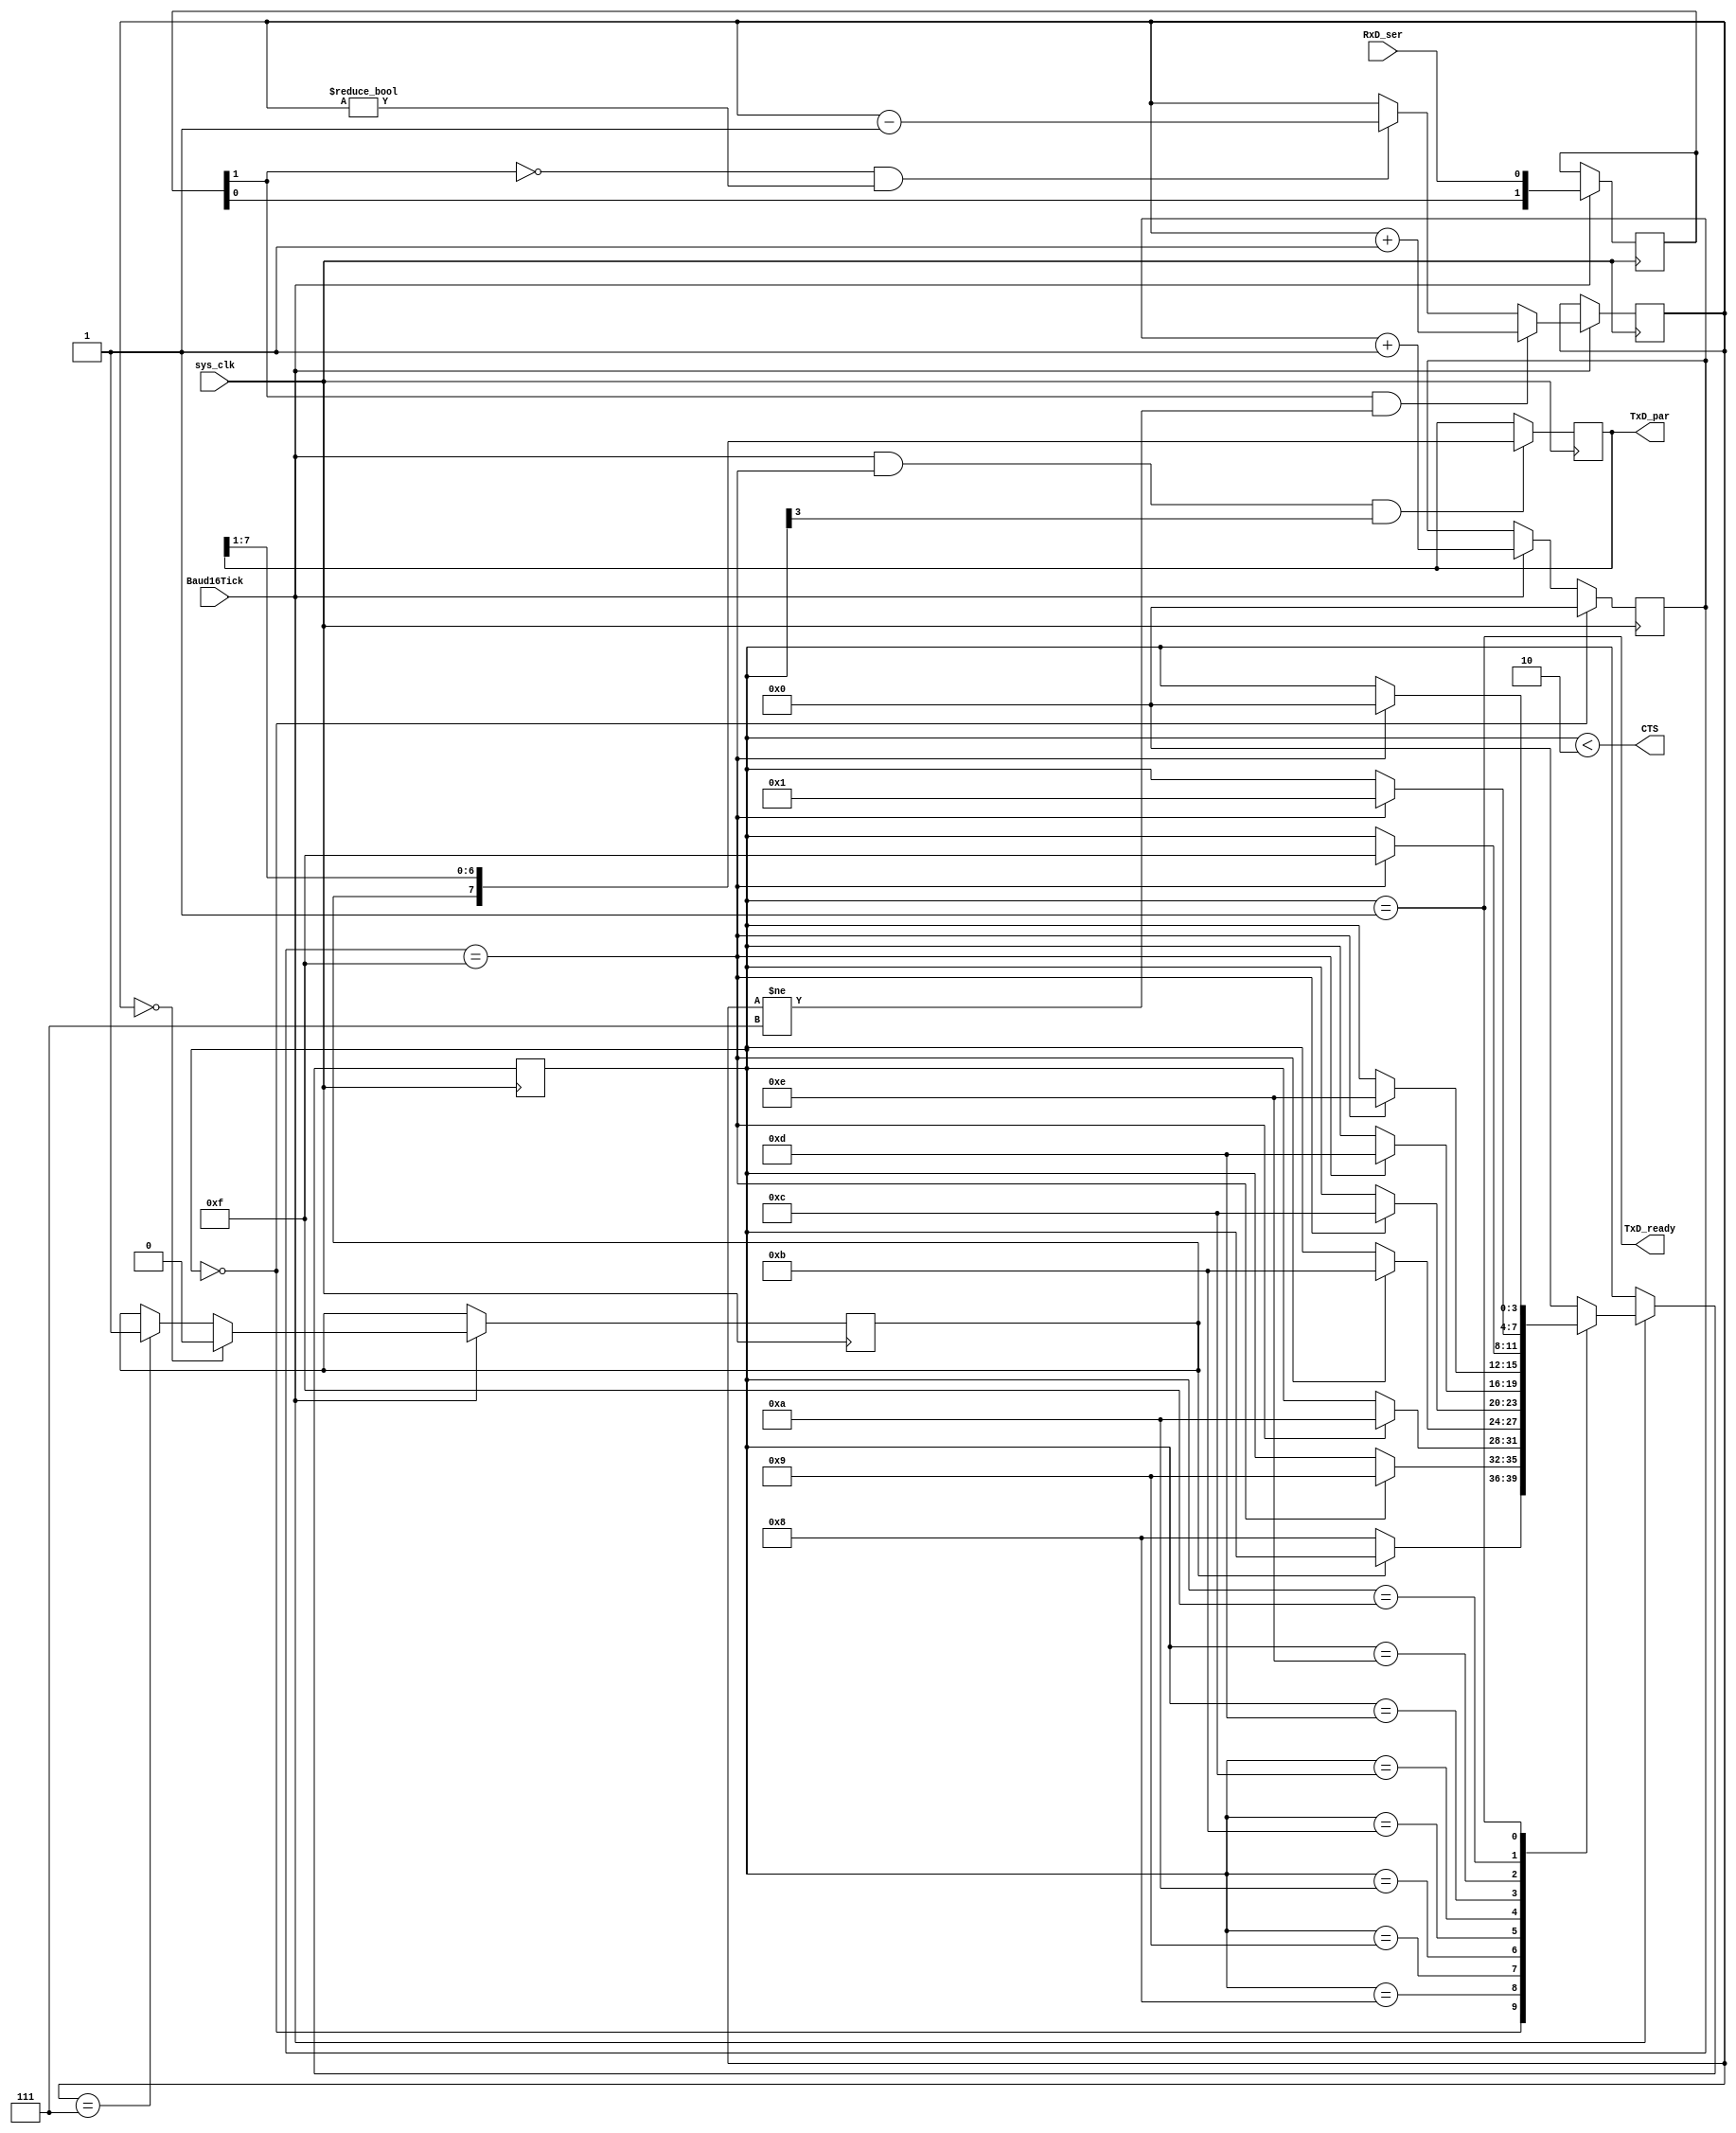
module UART_RX(
    input RxD_ser,
	 output CTS, // I am clear to receive (active high)
	 input sys_clk,
	 input Baud16Tick, // Oversampling by 16
    output reg [7:0] TxD_par, //8 bit data
    output TxD_ready
    );
	

	
	// Data synchronization ans stablization by passing it through 2 flip flops
	reg [1:0] RxD_sync;
	always @(posedge sys_clk) if(Baud16Tick) RxD_sync <= {RxD_sync[0], RxD_ser};
	
	
	// Filter data
	reg [2:0] RxD_cnt=7;
	reg RxD_bit;

	always @(posedge sys_clk)
	if(Baud16Tick)
	begin
		if(RxD_sync[1] && RxD_cnt!=3'b111) RxD_cnt <= RxD_cnt + 1; // Count up no of times line is high
		else if(~RxD_sync[1] && RxD_cnt!=3'b000) RxD_cnt <= RxD_cnt - 1; // Count down no of times line is low
		
		// Determine data
		if(RxD_cnt==3'b000) RxD_bit <= 0;
		else if(RxD_cnt==3'b111) RxD_bit <= 1;
	end
	
	// State machine
	reg [3:0] state=0;

	always @(posedge sys_clk)
	if(Baud16Tick)
	case(state)
		4'b0000: if(~RxD_bit) state <= 4'b1000; // start bit found?
		4'b1000: if(next_bit) state <= 4'b1001; // bit 0
		4'b1001: if(next_bit) state <= 4'b1010; // bit 1
		4'b1010: if(next_bit) state <= 4'b1011; // bit 2
		4'b1011: if(next_bit) state <= 4'b1100; // bit 3
		4'b1100: if(next_bit) state <= 4'b1101; // bit 4
		4'b1101: if(next_bit) state <= 4'b1110; // bit 5
		4'b1110: if(next_bit) state <= 4'b1111; // bit 6
		4'b1111: if(next_bit) state <= 4'b0001; // bit 7
		4'b0001: if(next_bit) state <= 4'b0000; // stop bit
		default: state <= 4'b0000;
	endcase
	
	// Ready to receive
	assign CTS = (state<2); //ready to receive
	
	// Measure bit spacing
	reg [3:0] bit_spacing;
	always @(posedge sys_clk)
	if(state==0)
		bit_spacing <= 0;
	else
	if(Baud16Tick) bit_spacing <= bit_spacing + 1;
	
	wire next_bit = (bit_spacing==15);
	
	assign TxD_ready = (state==1);
	
	// Collect data	
	//reg [7:0] TxD_par;
	always @(posedge sys_clk) if(Baud16Tick && next_bit && state[3]) TxD_par <= {RxD_bit, TxD_par[7:1]};
	
	
endmodule